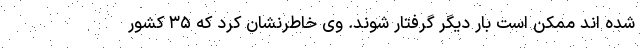
شده اند ممکن است بار دیگر گرفتار شوند. وی خاطرنشان کرد که ۳۵ کشور